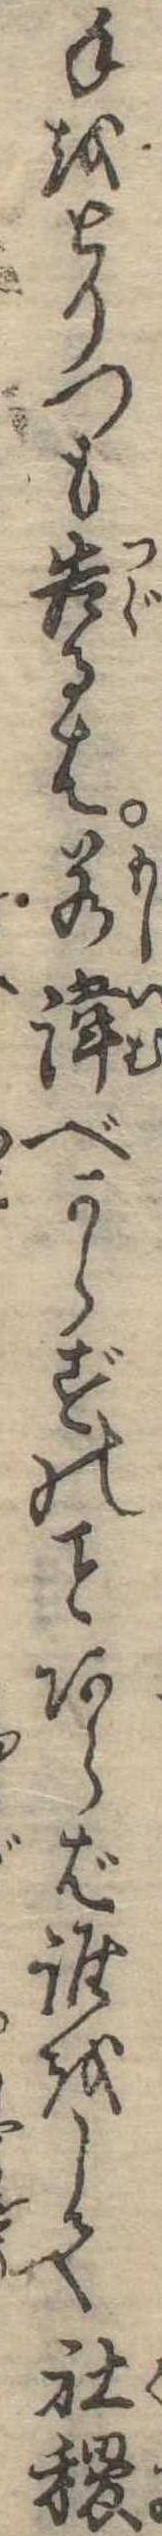
手をとりつも告るは若諱べからずのあらば誰をして社稷